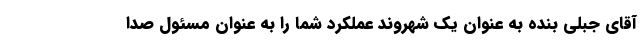
آقای جبلی بنده به عنوان یک شهروند عملکرد شما را به عنوان مسئول صدا